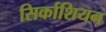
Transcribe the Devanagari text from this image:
सिर्काशियन